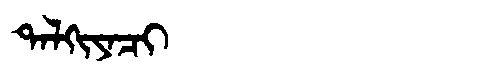
Manchu: ᡨᠠᠯᡴᡳᠶᠠᠴᡳ
Romanization: TALKIYACI